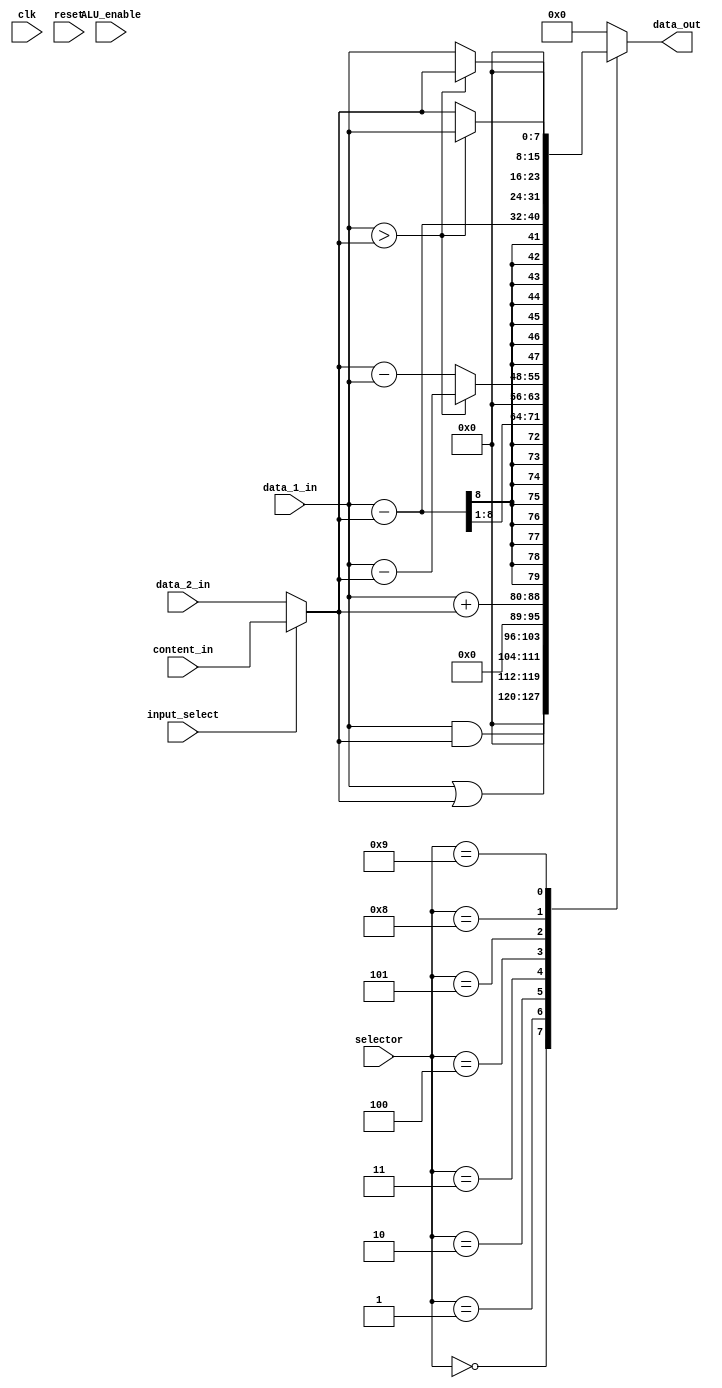
`define And_op       4'd0
`define Or_op        4'd1
`define Add_op       4'd2
`define Div_Sub_op   4'd3 //2
`define Abs_Sub_op   4'd4 //
`define Sub_op       4'd5 //
`define Mul_op       4'd6 //nobufferS
`define Div_Mul_op   4'd7 //nobufferS
`define Min_op       4'd8
`define Max_op       4'd9




module ALU_nobuffer(clk, reset, data_1_in, data_2_in, 
                    input_select, //1:from content_in
                    selector, content_in, data_out, ALU_enable);
   input             clk, reset;
   input    [7:0]    data_1_in, data_2_in;
   input             input_select;
   input             ALU_enable;
   input    [3:0]    selector;
   input    [7:0]    content_in;
   
   output   [15:0]   data_out;
   //output   [7:0]    content_select;
   
   
   wire     [7:0]    input_A, input_B;
   wire     [7:0]    AND_w;
   wire     [7:0]    OR_w;
   wire     [8:0]    Adder_w;
   wire     [8:0]    Subtractor_w;
   wire     [7:0]    Abs_Subtractor_w;
   wire     [7:0]    Div_Subtractor_w;
   //wire     [15:0]   Mul_w;
   //wire     [15:0]   temp_Mul_w;
   //wire     [7:0]    Div_Mul_w;
   wire     [7:0]    Min_w;
   wire     [7:0]    Max_w;
   
   
   
   
   //reg      [15:0]   data_out_r;
   reg      [15:0]   data_out_w;
   //reg      [7:0]    data_1_in_r, data_2_in_r;
   //reg               input_select_r;
   //reg               ALU_enable_r;
   //reg      [3:0]    selector_r;
   //reg      [7:0]    content_in_r;
   

   assign input_A = data_1_in;
   assign input_B = (input_select == 1'b1) ? content_in : data_2_in;
   assign AND_w = input_A & input_B;
   assign OR_w = input_A | input_B;
   assign Adder_w = {1'b0, input_A} + {1'b0, input_B};
   assign Subtractor_w = {1'b0,input_A} - {1'b0,input_B};
   assign Abs_Subtractor_w = (input_A > input_B) ? (input_A - input_B) : (input_B - input_A);
   assign Div_Subtractor_w = Subtractor_w[8:1];
   //assign Mul_w = input_A * input_B;
   //assign temp_Mul_w = Mul_w + 16'h80;
   //assign Div_Mul_w = temp_Mul_w[15:8];
   assign Min_w = (input_A > input_B) ? input_B : input_A;
   assign Max_w = (input_A > input_B) ? input_A : input_B;
   assign data_out = data_out_w;
   
   always@(*)
   begin
      case(selector)
         `And_op:       data_out_w = {8'd0, AND_w};
         `Or_op:        data_out_w = {8'd0, OR_w};
         `Add_op:       data_out_w = {{7'd0}, Adder_w};
         `Div_Sub_op:   data_out_w = {{8{Div_Subtractor_w[7]}}, Div_Subtractor_w};
         `Abs_Sub_op:   data_out_w = {8'd0, Abs_Subtractor_w};
         `Sub_op:       data_out_w = {{7{Subtractor_w[8]}}, Subtractor_w};
         //`Mul_op:       data_out_w = Mul_w;
         //`Div_Mul_op:   data_out_w = {{8{Div_Mul_w[7]}}, Div_Mul_w};
         `Min_op:       data_out_w = {8'd0, Min_w};
         `Max_op:       data_out_w = {8'd0, Max_w};
         default:       data_out_w = 16'd0;
      endcase
   
   end
   
   


/*
   always@(posedge clk or posedge reset)
   begin
      if(reset)
      begin
         data_out_r <= 16'd0;
         data_1_in_r <= 8'd0;
         data_2_in_r <= 8'd0;
         input_select_r <= 1'b0;          
         //ALU_enable_r <= 1'b0;            
         selector_r <= 4'd0;              
         content_in_r <= 8'd0;            
         
      end
      else if(ALU_enable)
      begin
         data_out_r <= data_out_w;
         data_1_in_r <= data_1_in;
         data_2_in_r <= data_2_in;
         input_select_r <= input_select;          
         //ALU_enable_r <= 1'b0;            
         selector_r <= selector;              
         content_in_r <= content_in;
      end
   end
*/

endmodule